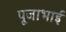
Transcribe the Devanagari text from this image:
पूजाभाई